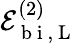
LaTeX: \mathcal{E}_{\mathrm{~b~i~},\mathrm{~L~}}^{(2)}